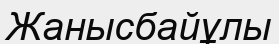
Жанысбайұлы